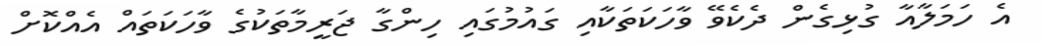
އެ ހަމަލާއާ ގުޅިގެން ދެކެވޭ ވާހަކަތަކާއި ގައުމުގައި ހިންގާ ޖަރީމާތަކުގެ ވާހަކަތައް އެއްކޮށް